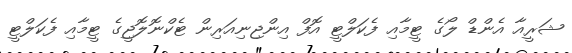
ޝަރީއާ އެންޑް ލޯގެ ޓީމާއި ފެކަލްޓީ އޮފް އިންޖިނިއަރިން ޓެކްނޮލޮޖީގެ ޓީމާއި ފެކަލްޓީ